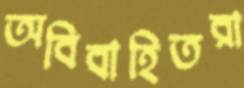
অবিবাহিতরা